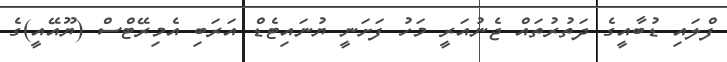
ފްލައި ޑުބާއީގެ ދަތުރުތައް ޖެނުއަރީ މަހު ފަށަނީ ޔުނައިޓެޑް އަރަބި އެމިރޭޓްސް (ޔޫއޭއީ)ގެ